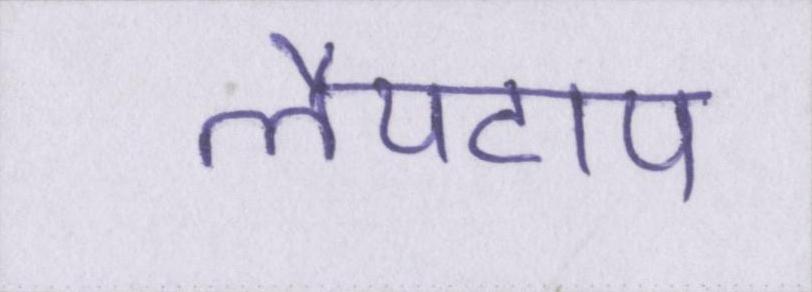
लैपटाप